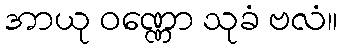
အာယု ဝဏ္ဏော သုခံ ဗလံ။